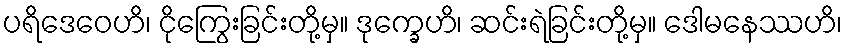
ပရိဒေဝေဟိ၊ ငိုကြွေးခြင်းတို့မှ။ ဒုက္ခေဟိ၊ ဆင်းရဲခြင်းတို့မှ။ ဒေါမနေဿဟိ၊